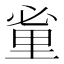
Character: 𨤩